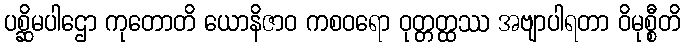
ပစ္ဆိမပါဌော ကုတောတိ ယောနိဇာဝ ကစဝရော ဝုတ္တတ္ထဿ အဗျာပါရတာ ဝိမုစ္စီတိ